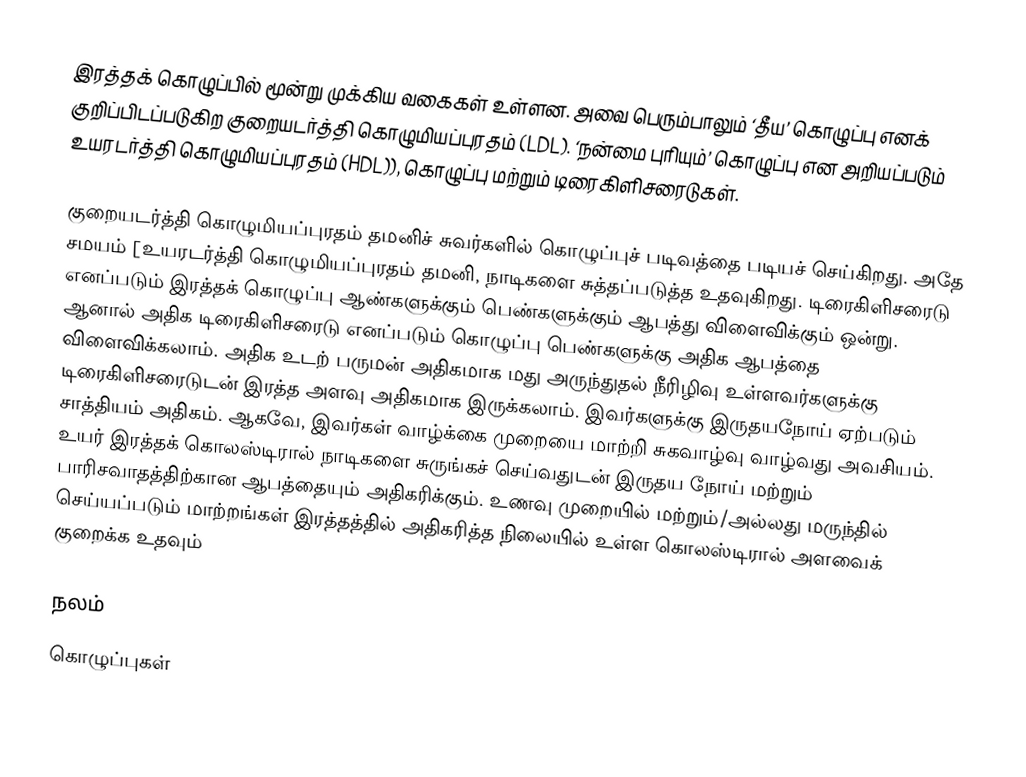
இரத்தக் கொழுப்பில் மூன்று முக்கிய வகைகள் உள்ளன. அவை பெரும்பாலும் ‘தீய’ கொழுப்பு எனக் குறிப்பிடப்படுகிற குறையடர்த்தி கொழுமியப்புரதம் (LDL). ‘நன்மை புரியும்’ கொழுப்பு என அறியப்படும் உயரடர்த்தி கொழுமியப்புரதம் (HDL)), கொழுப்பு மற்றும் டிரைகிளிசரைடுகள்.

குறையடர்த்தி கொழுமியப்புரதம் தமனிச் சுவர்களில் கொழுப்புச் படிவத்தை படியச் செய்கிறது. அதே சமயம் [உயரடர்த்தி கொழுமியப்புரதம் தமனி, நாடிகளை சுத்தப்படுத்த உதவுகிறது. டிரைகிளிசரைடு எனப்படும் இரத்தக் கொழுப்பு ஆண்களுக்கும் பெண்களுக்கும் ஆபத்து விளைவிக்கும் ஒன்று. ஆனால் அதிக டிரைகிளிசரைடு எனப்படும் கொழுப்பு பெண்களுக்கு அதிக ஆபத்தை விளைவிக்கலாம். அதிக உடற் பருமன் அதிகமாக மது அருந்துதல் நீரிழிவு உள்ளவர்களுக்கு டிரைகிளிசரைடுடன் இரத்த அளவு அதிகமாக இருக்கலாம். இவர்களுக்கு இருதயநோய் ஏற்படும் சாத்தியம் அதிகம். ஆகவே, இவர்கள் வாழ்க்கை முறையை மாற்றி சுகவாழ்வு வாழ்வது அவசியம். உயர் இரத்தக் கொலஸ்டிரால் நாடிகளை சுருங்கச் செய்வதுடன் இருதய நோய் மற்றும் பாரிசவாதத்திற்கான ஆபத்தையும் அதிகரிக்கும். உணவு முறையில் மற்றும்/அல்லது மருந்தில் செய்யப்படும் மாற்றங்கள் இரத்தத்தில் அதிகரித்த நிலையில் உள்ள கொலஸ்டிரால் அளவைக் குறைக்க உதவும்

நலம்
கொழுப்புகள்